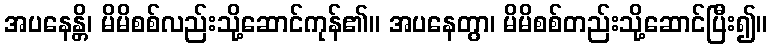
အပနေန္တိ၊ မိမိစစ်လည်းသို့ဆောင်ကုန်၏။ အပနေတွာ၊ မိမိစစ်တည်းသို့ဆောင်ပြီး၍။